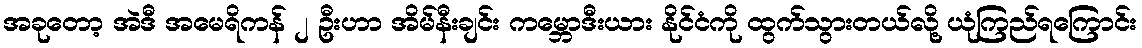
အခုတော့ အဲဒီ အမေရိကန် ၂ ဦးဟာ အိမ်နီးချင်း ကမ္ဘောဒီးယား နိုင်ငံကို ထွက်သွားတယ်လို့ ယုံကြည်ရကြောင်း